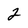
Character: 2